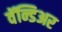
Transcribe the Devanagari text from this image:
वॅन्डिअर